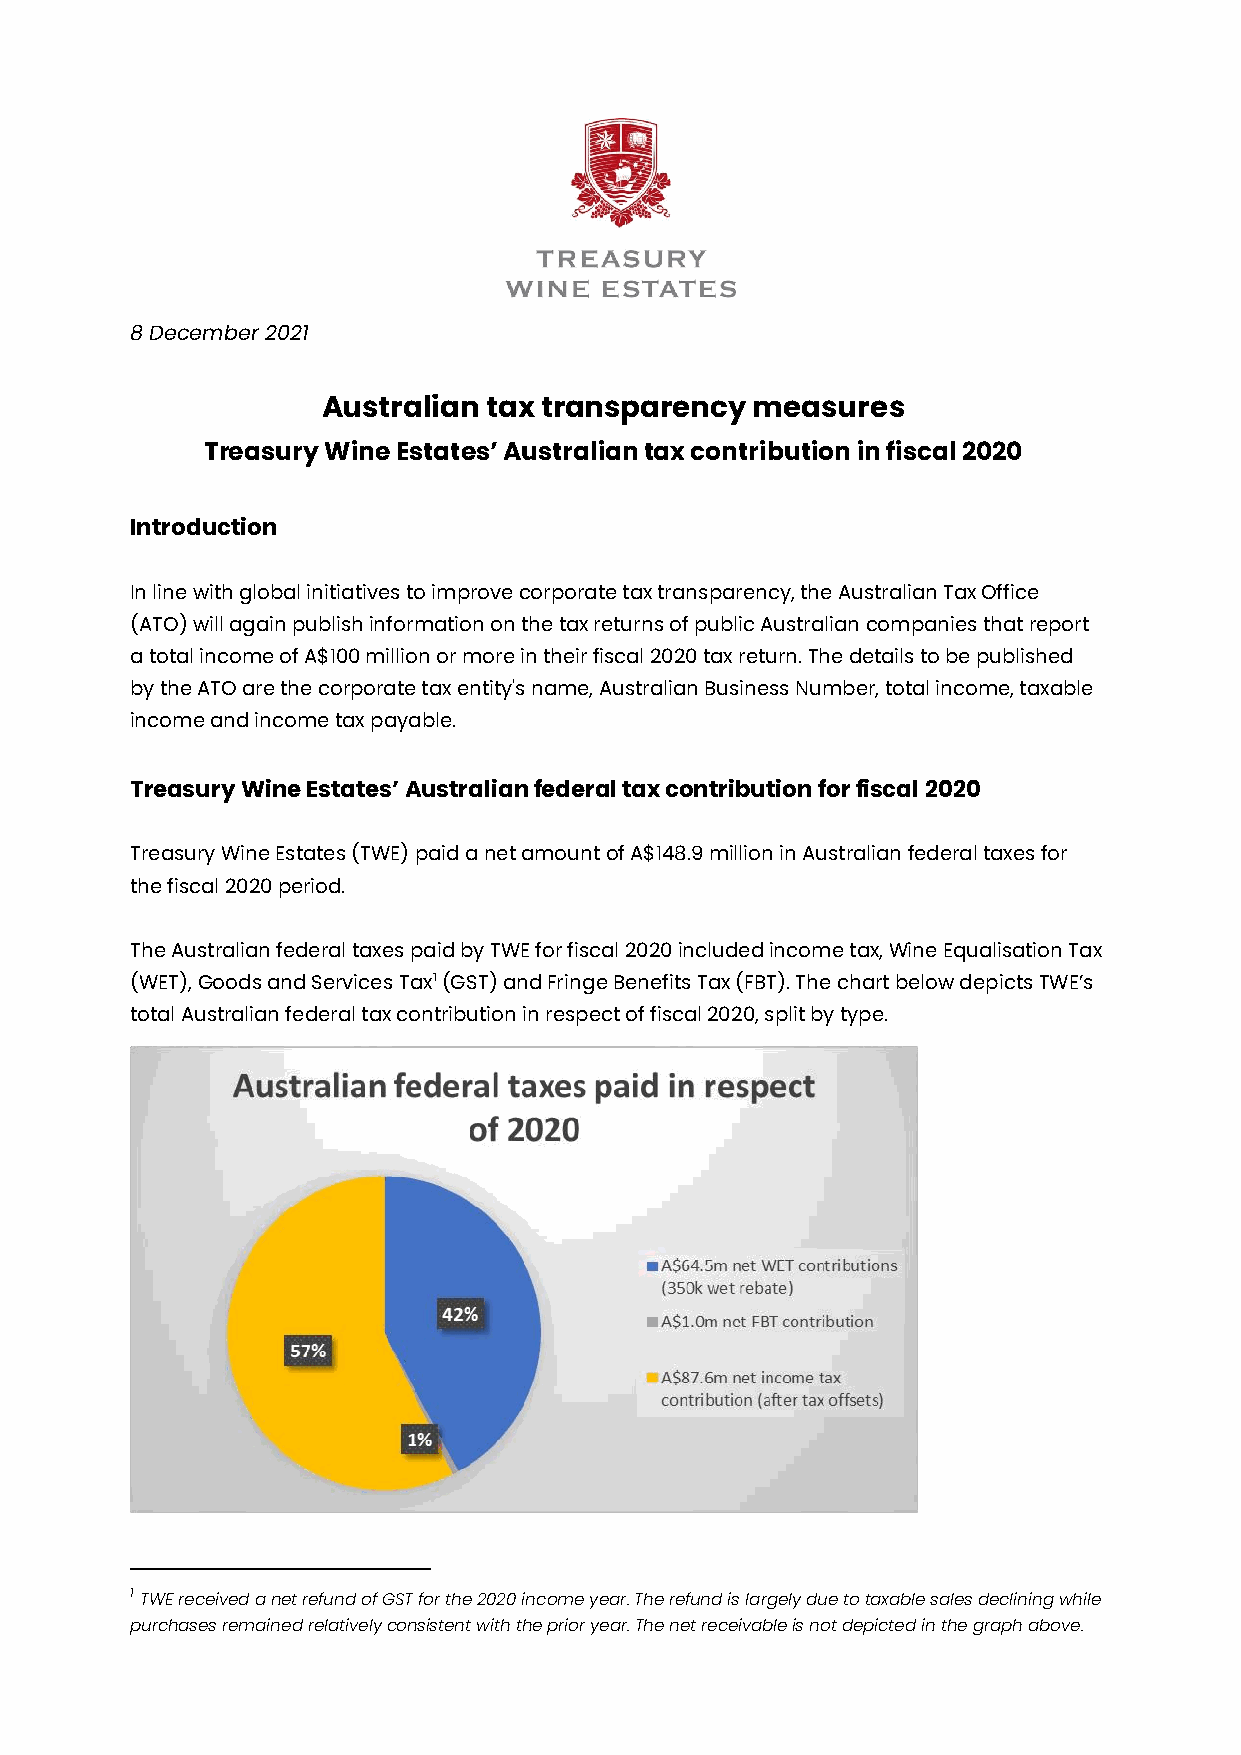
8 December 2021
 Australian tax transparency  measures
 Treasury Wine Estates’ Australian tax contribution in fiscal 2020
 Introduction
 In line with global initiatives to improve corporate tax transparency, the Australian Tax Office
 (ATO) will again publish information on the tax returns of public Australian companies that report
 a total income of A$100 million or more in their fiscal 2020 tax return. The details to be published
 by the ATO are the corporate tax entity's name, Australian Business Number, total income, taxable
 income and income tax payable.
 Treasury Wine Estates’ Australian federal tax contribution for fiscal 2020
 Treasury Wine Estates (TWE) paid a net amount of A$148.9 million in Australian federal taxes for
 the fiscal 2020 period.
 The Australian federal taxes paid by TWE for fiscal 2020 included income tax, Wine Equalisation Tax
 (WET), Goods and Services Tax1 (GST) and Fringe Benefits Tax (FBT). The chart below depicts TWE’s
 total Australian federal tax contribution in respect of fiscal 2020, split by type.
 1 TWE received a net refund of GST for the 2020 income year. The refund is largely due to taxable sales declining while
 purchases remained relatively consistent with the prior year. The net receivable is not depicted in the graph above.